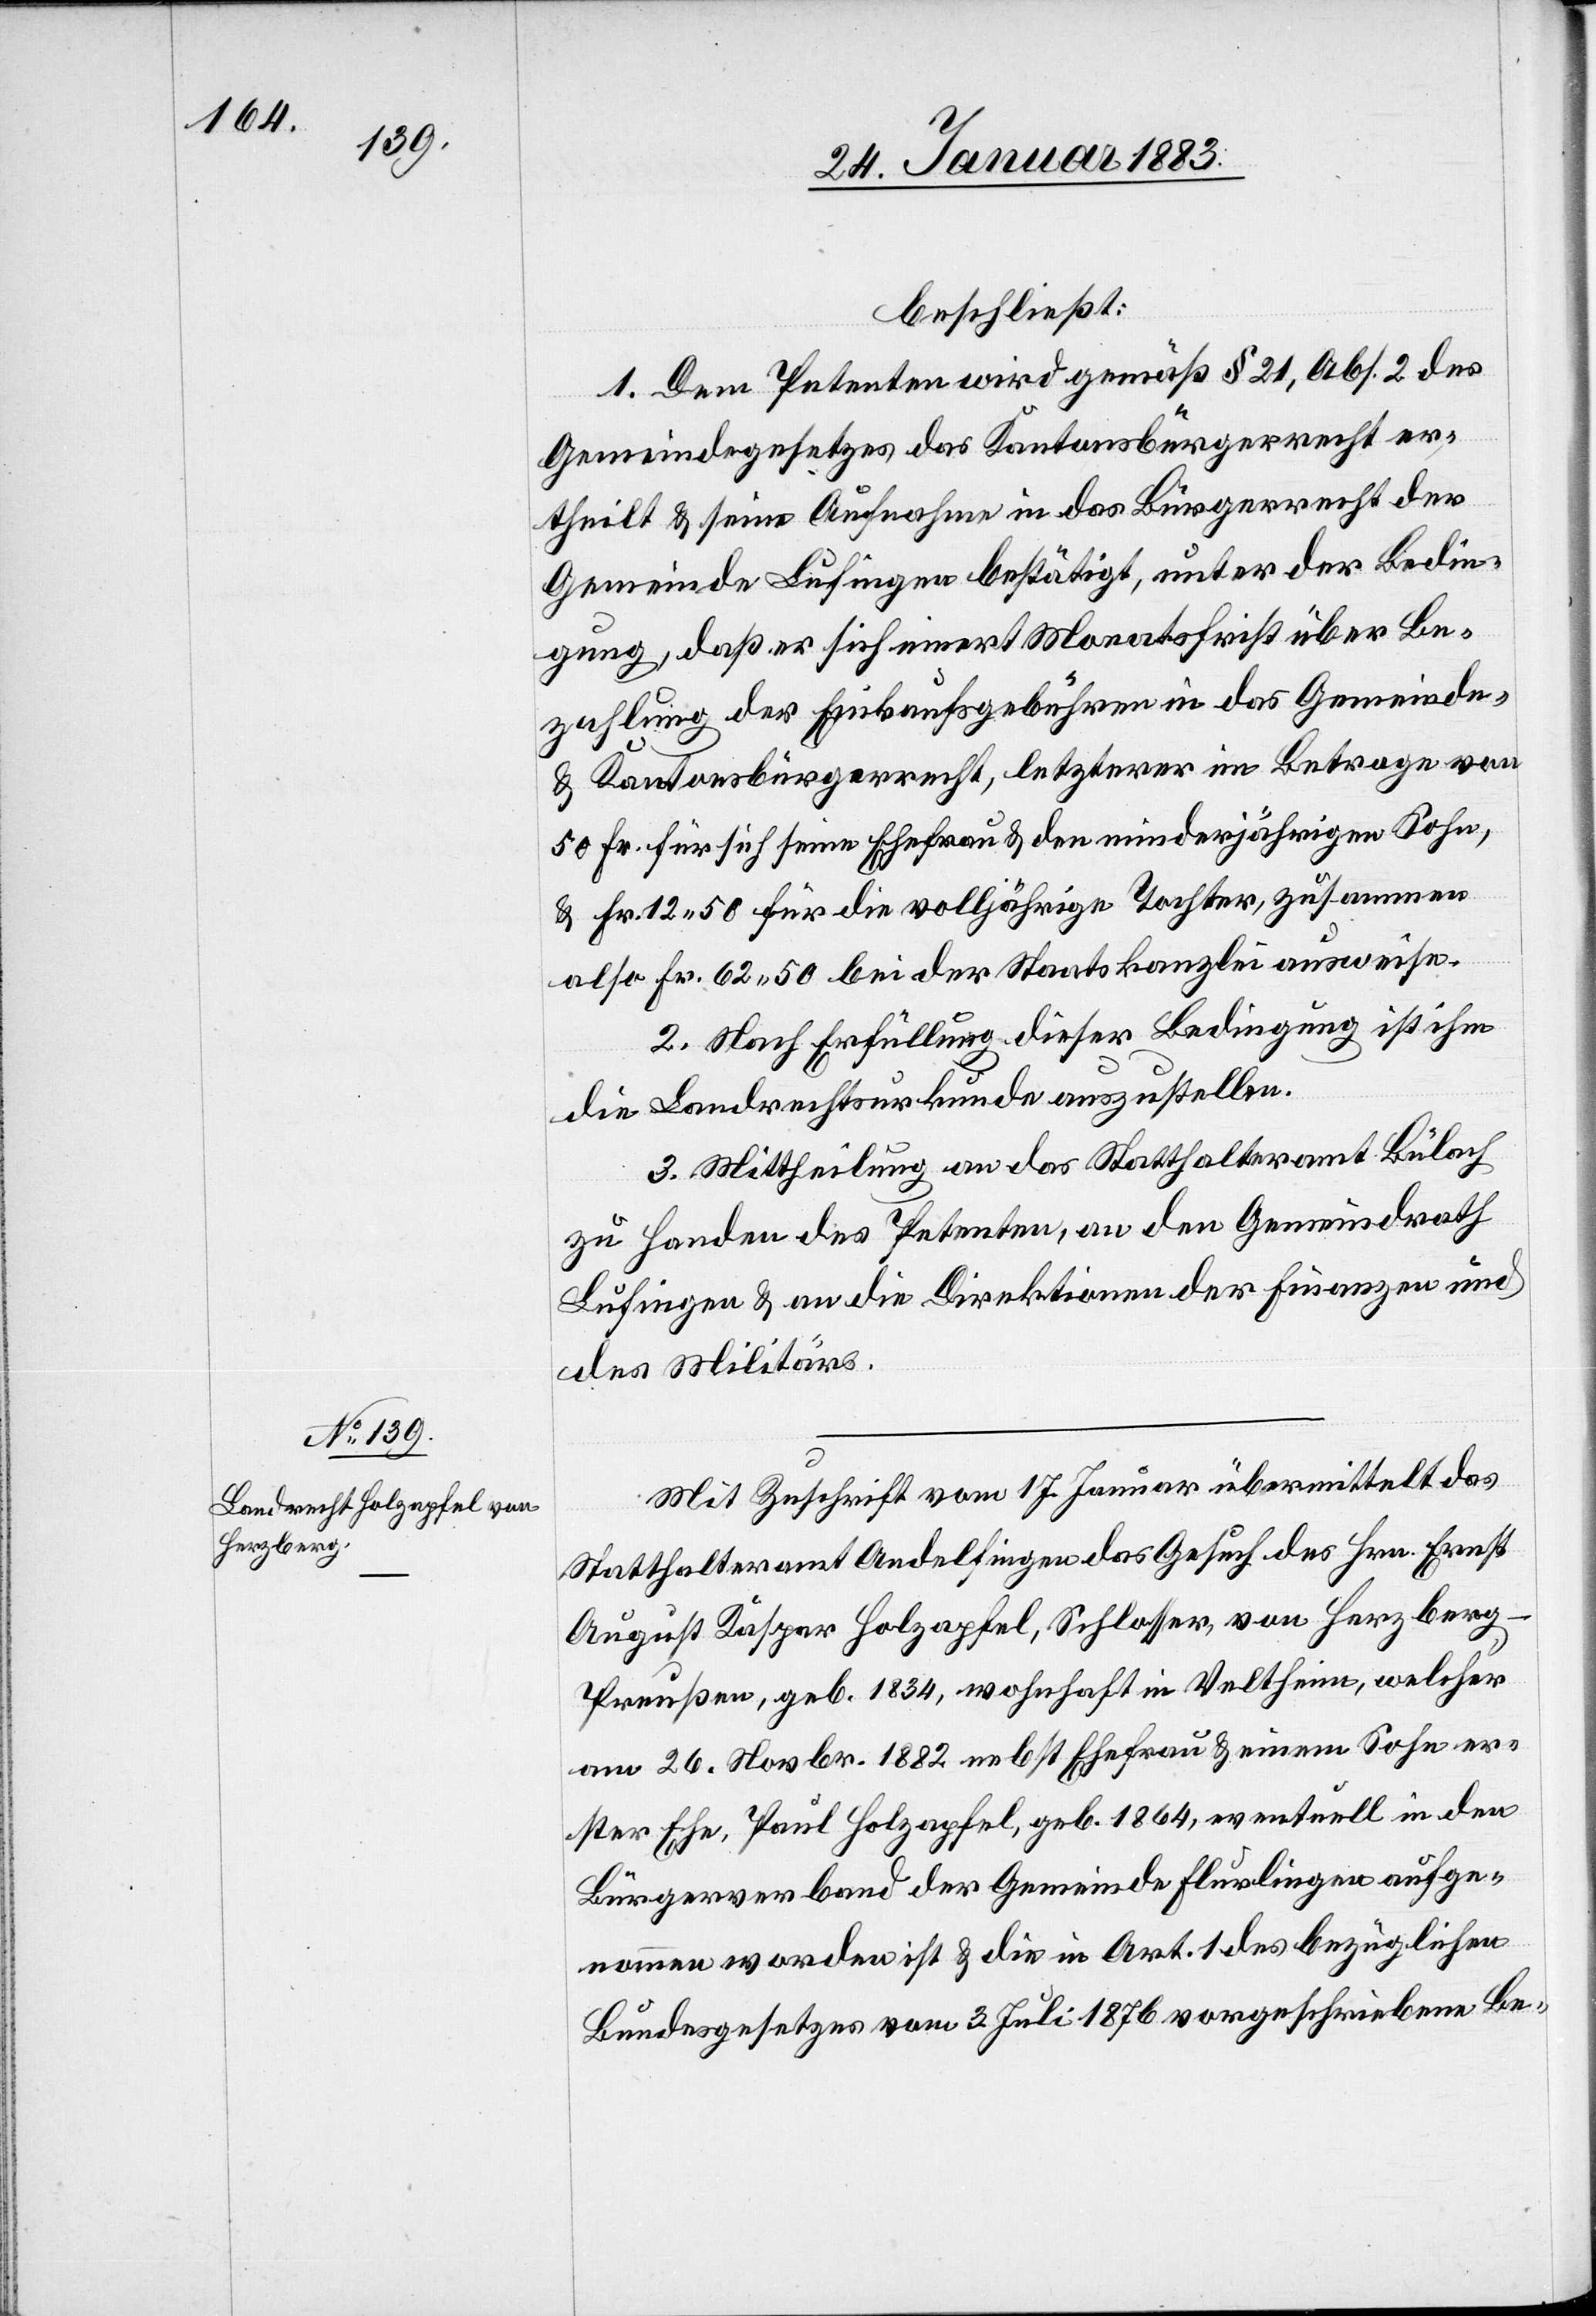
beschließt:
1. Dem Petenten wird gemäß § 21, Abs. 2 des
Gemeindegesetzes das Kantonsbürgerrecht er¬
theilt & seine Aufnahme in das Bürgerrecht der
Gemeinde Lufingen bestätigt, unter der Bedin¬
gung, daß er sich innert Monatsfrist über Be¬
zahlung der Einkaufsgebühren in das Gemeinde-
& Kantonsbürgerrecht, letzterer im Betrage von
50 Fr. für sich seine Ehefrau & den minderjährigen Sohn,
& Fr. 12 50 für die volljährige Tochter, zusammen
also Fr. 62 50 bei der Staatskanzlei ausweise.
2. Nach Erfüllung dieser Bedingung ist ihm
die Landrechtsurkunde auszustellen.
3. Mittheilung an das Statthalteramt Bülach
zu Handen des Petenten, an den Gemeindrath
Lufingen & an die Direktionen der Finanzen &
des Militärs.
Mit Zuschrift vom 17. Januar übermittelt das
Statthalteramt Andelfingen das Gesuch des Hrn. Ernst
August Kaspar Holzapfel, Schlosser, von Herzberg
Preussen, geb. 1834, wohnhaft in Veltheim, welcher
am 26. Novbr. 1882 nebst Ehefrau & einem Sohn er¬
ster Ehe, Paul Holzapfel, geb. 1864, eventuell in den
Bürgerverband der Gemeinde Flurlingen aufge¬
nommen worden ist & die in Art. 1 des bezüglichen
Bundesgesetzes vom 3. Juli 1876 vorgeschriebene Be-